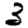
Digit: 3